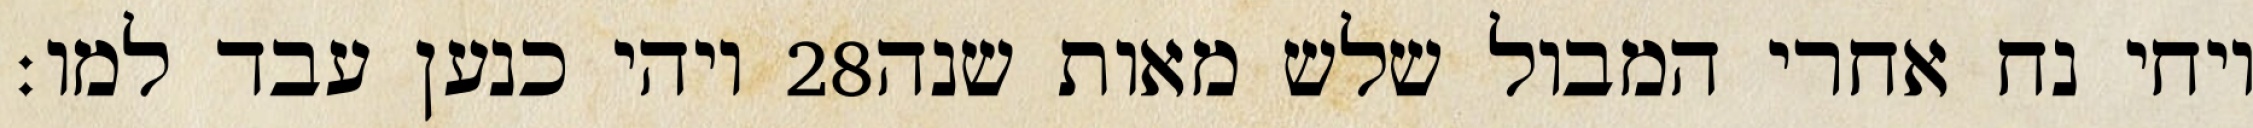
ויהי כנען עבד למו׃ ‎28‏ ויחי נח אחרי המבול שלש מאות שנה